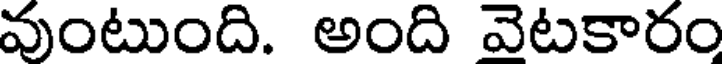
వుంటుంది. అంది వెటకారం